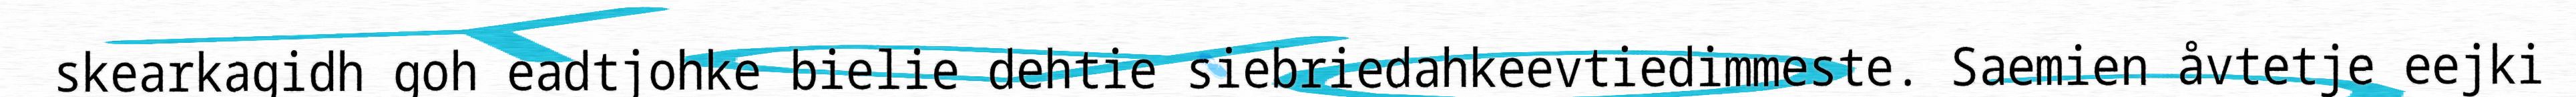
skearkagidh goh eadtjohke bielie dehtie siebriedahkeevtiedimmeste. Saemien åvtetje eejki